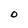
Character: O